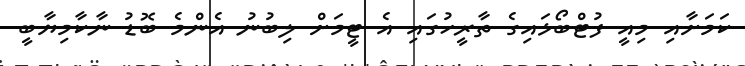
ކަމަށާއި މިއީ ފުޓްބޯޅައިގެ ތާރީހުގައި އެ ޓީމަށް ލިބުނު އެންމެ ބޮޑު ނާކާމިޔާބީ